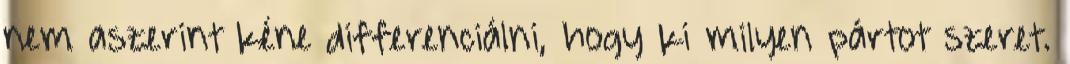
nem aszerint kéne differenciálni, hogy ki milyen pártot szeret.